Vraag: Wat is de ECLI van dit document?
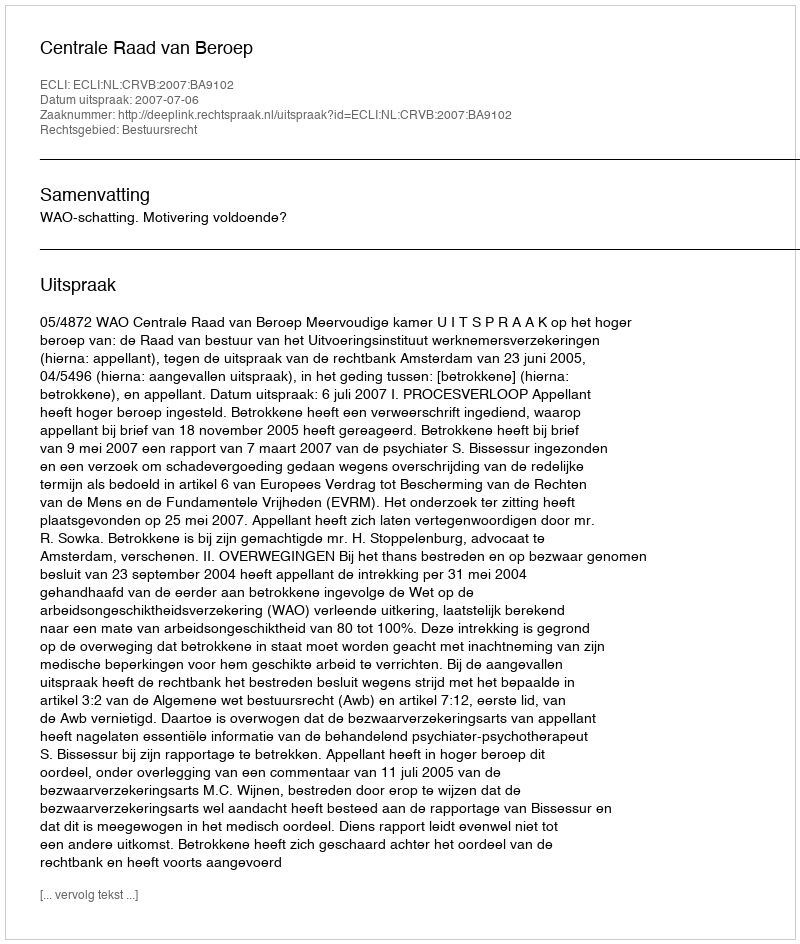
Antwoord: ECLI:NL:CRVB:2007:BA9102